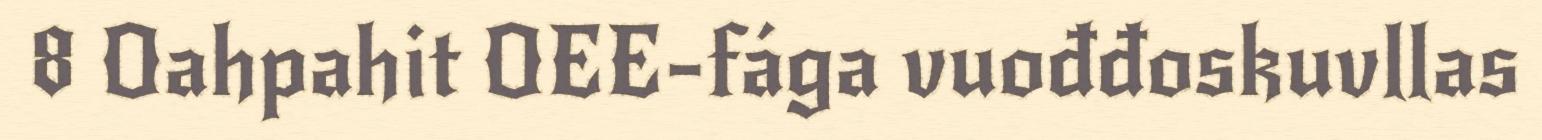
8 Oahpahit OEE-fága vuođđoskuvllas